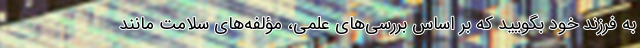
به فرزند خود بگویید که بر اساس بررسی‌های علمی، مؤلفه‌های سلامت مانند